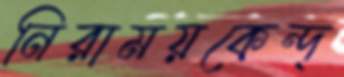
নিরাময়কেন্দ্